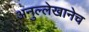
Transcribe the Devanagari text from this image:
अनुल्लेखानेच